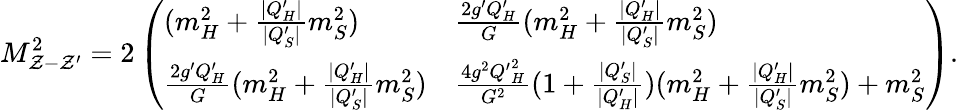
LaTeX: M_{\mathcal{Z}-\mathcal{Z}^{\prime}}^{2}=2\left(\begin{array}{ll}{{(m_{H}^{2}+{\frac{|Q_{H}^{\prime}|}{|Q_{S}^{\prime}|}}m_{S}^{2})}}&{{{\frac{2g^{\prime}Q_{H}^{\prime}}{G}}(m_{H}^{2}+{\frac{|Q_{H}^{\prime}|}{|Q_{S}^{\prime}|}}m_{S}^{2})}}\\ {{{\frac{2g^{\prime}Q_{H}^{\prime}}{G}}(m_{H}^{2}+{\frac{|Q_{H}^{\prime}|}{|Q_{S}^{\prime}|}}m_{S}^{2})}}&{{{\frac{4g^{2}{Q^{\prime}}_{H}^{2}}{G^{2}}}(1+{\frac{|Q_{S}^{\prime}|}{|Q_{H}^{\prime}|}})(m_{H}^{2}+{\frac{|Q_{H}^{\prime}|}{|Q_{S}^{\prime}|}}m_{S}^{2})+m_{S}^{2}}}\end{array}\right).